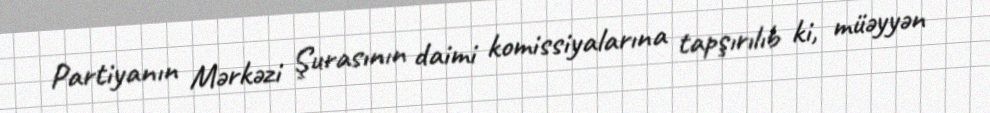
Partiyanın Mərkəzi Şurasının daimi komissiyalarına tapşırılıb ki, müəyyən